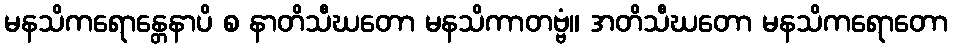
မနသိကရောန္တေနာပိ စ နာတိသီဃတော မနသိကာတဗ္ဗံ။ အတိသီဃတော မနသိကရောတော